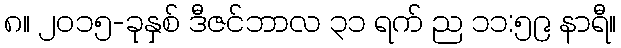
၈။ ၂၀၁၅-ခုနှစ် ဒီဇင်ဘာလ ၃၁ ရက် ည ၁၁:၅၉ နာရီ။